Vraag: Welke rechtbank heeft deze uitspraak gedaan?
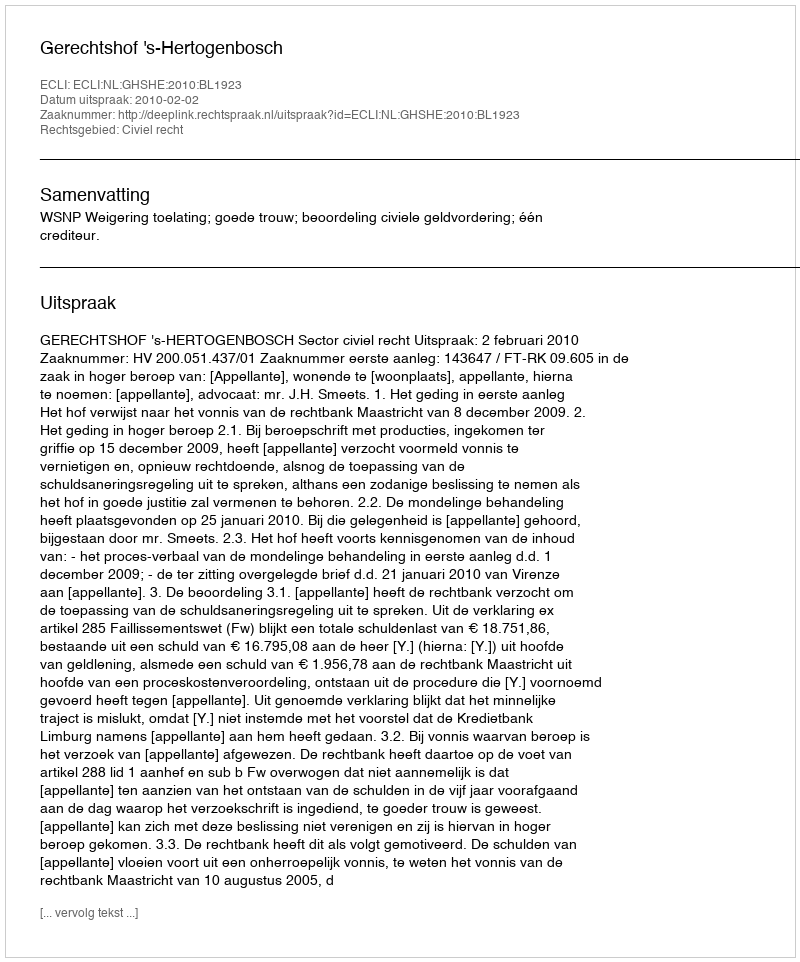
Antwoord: Gerechtshof 's-Hertogenbosch